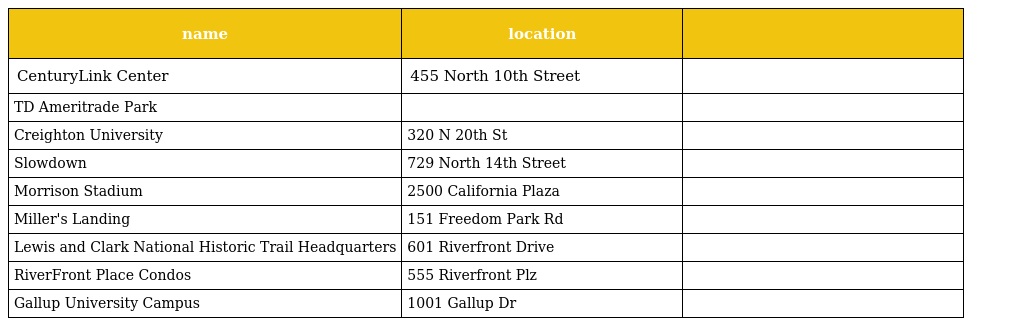
| name | location |  |
 | --- | --- | --- |
 | CenturyLink Center | 455 North 10th Street |  |
 | TD Ameritrade Park |  |  |
 | Creighton University | 320 N 20th St |  |
 | Slowdown | 729 North 14th Street |  |
 | Morrison Stadium | 2500 California Plaza |  |
 | Miller's Landing | 151 Freedom Park Rd |  |
 | Lewis and Clark National Historic Trail Headquarters | 601 Riverfront Drive |  |
 | RiverFront Place Condos | 555 Riverfront Plz |  |
 | Gallup University Campus | 1001 Gallup Dr |  |